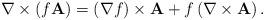
LaTeX: \begin{align*}\nabla\times\left( f\mathbf{A}\right) =\left( \nabla f\right)\times\mathbf{A}+f\left( \nabla\times\mathbf{A}\right) . \end{align*}